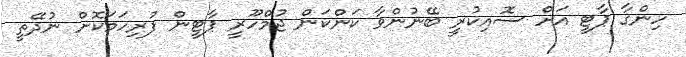
ހިންގާ ޕާޓީ އަށް ސޮއިކުރީ ބޭނުންވާ ކަންކަން ޖުމްހޫރީ ޕާޓީން ފުރިހަމަކޮށް ނުދޭތީ